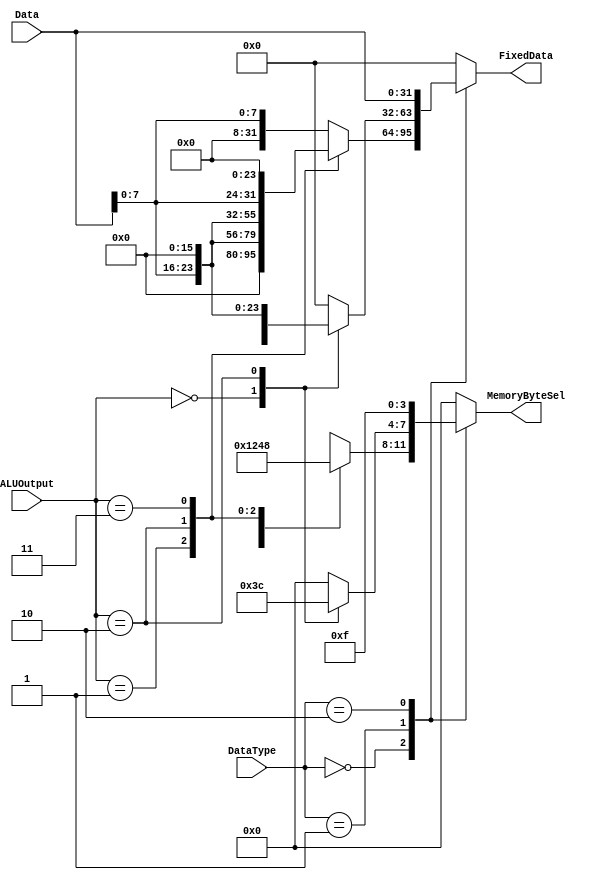
module StoreLogic(
    input [31:0]        Data,
    input [1:0]         ALUOutput,
    input [1:0]         DataType,
    output reg [31:0]   FixedData,
    output reg [3:0]    MemoryByteSel
);

reg [31:0] Byte0;
reg [31:0] Byte1;
reg [31:0] Byte2;
reg [31:0] Byte3;
reg [31:0] Half0;
reg [31:0] Half1;
reg [31:0] Byte;
reg [31:0] Half;
reg [31:0] Word;

always@(*)begin
    Byte0 = {24'b0,Data[7:0]};
    Byte1 = {16'b0,Data[7:0],8'b0};
    Byte2 = {8'b0,Data[7:0],16'b0};
    Byte3 = {Data[7:0],24'b0};
    Half0 = {16'b0,Data[15:0]};
    Half1 = {Data[15:0],16'b0};
    Word = Data;
    case(DataType)
        0:begin
            case (ALUOutput)
                0:begin 
                    Byte = Byte0;
                    MemoryByteSel = 4'b0001;
                end
                1: begin
                    Byte = Byte1;
                    MemoryByteSel = 4'b0010;
                end
                2: begin
                    Byte = Byte2;
                    MemoryByteSel = 4'b0100;
                end
                
                3: begin
                    Byte = Byte3;
                    MemoryByteSel = 4'b1000;
                end
                default:begin
                    Byte = 0;
                    MemoryByteSel = 4'b0000;
                end 
            endcase
            FixedData = Byte;
        end
        1:begin
            case (ALUOutput)
                0: begin
                    Half = Half0;
                    MemoryByteSel = 4'b0011;
                end
                
                2: begin
                    Half = Half1;
                    MemoryByteSel = 4'b1100;
                end
                
                default: begin
                    Half = 0;
                    MemoryByteSel = 4'b0000;
                end
                
            endcase
            FixedData = Half;
        end
        2:begin
            FixedData = Word;
            MemoryByteSel = 4'b1111;
        end
        default:begin
            FixedData = 0;
            MemoryByteSel = 4'b0000;
        end
    endcase

end
endmodule